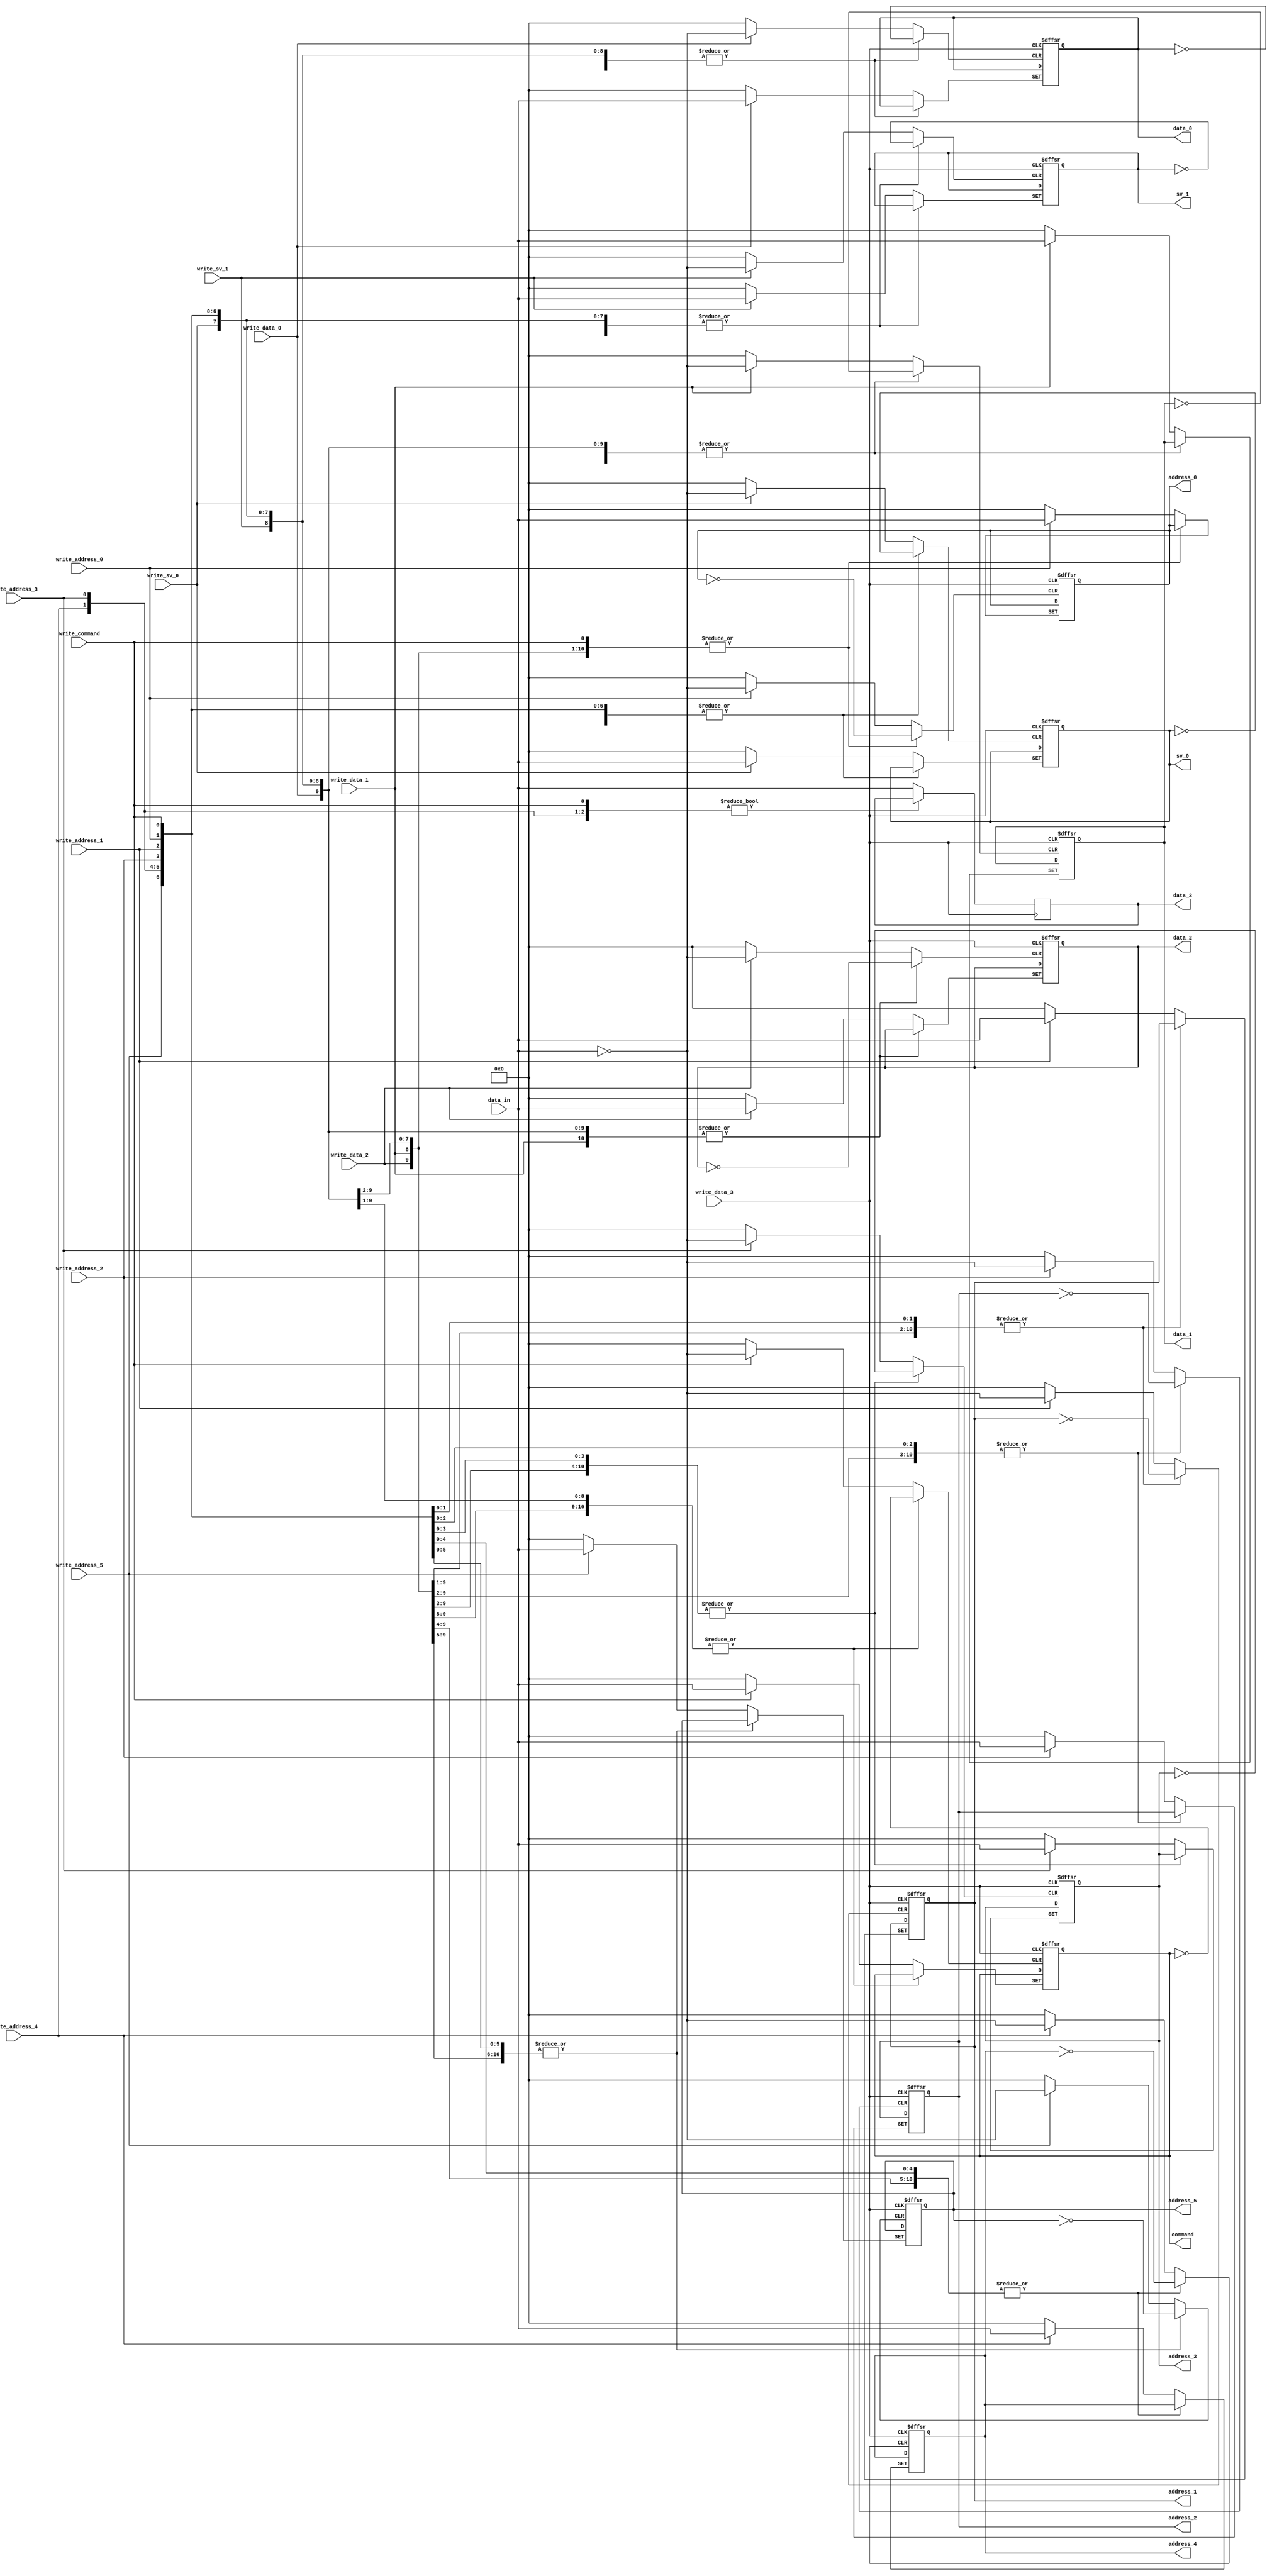
module mock_input (
  input [7:0] data_in,

  input write_command,
  input write_address_0,
  input write_address_1,
  input write_address_2,
  input write_address_3,
  input write_address_4,
  input write_address_5,
  input write_sv_0,
  input write_sv_1,
  input write_data_0,
  input write_data_1,
  input write_data_2,
  input write_data_3,

  output [7:0] command,
  output [7:0] address_0,
  output [7:0] address_1,
  output [7:0] address_2,
  output [7:0] address_3,
  output [7:0] address_4,
  output [7:0] address_5,
  output [7:0] sv_0,
  output [7:0] sv_1,
  output [7:0] data_0,
  output [7:0] data_1,
  output [7:0] data_2,
  output [7:0] data_3
);

reg [7:0] command_buf;
reg [7:0] address_0_buf;
reg [7:0] address_1_buf;
reg [7:0] address_2_buf;
reg [7:0] address_3_buf;
reg [7:0] address_4_buf;
reg [7:0] address_5_buf;
reg [7:0] sv_0_buf;
reg [7:0] sv_1_buf;
reg [7:0] data_0_buf;
reg [7:0] data_1_buf;
reg [7:0] data_2_buf;
reg [7:0] data_3_buf;

assign command = command_buf;
assign address_0 = address_0_buf;
assign address_1 = address_1_buf;
assign address_2 = address_2_buf;
assign address_3 = address_3_buf;
assign address_4 = address_4_buf;
assign address_5 = address_5_buf;
assign sv_0 = sv_0_buf;
assign sv_1 = sv_1_buf;
assign data_0 = data_0_buf;
assign data_1 = data_1_buf;
assign data_2 = data_2_buf;
assign data_3 = data_3_buf;

always @(
  posedge write_command or
  posedge write_address_0 or
  posedge write_address_1 or
  posedge write_address_2 or
  posedge write_address_3 or
  posedge write_address_4 or
  posedge write_address_5 or
  posedge write_sv_0 or
  posedge write_sv_1 or
  posedge write_data_0 or
  posedge write_data_1 or
  posedge write_data_2 or
  posedge write_data_3
)
begin
  if (write_command) begin
    command_buf <= data_in;
  end else if (write_address_0) begin
    address_0_buf <= data_in;
  end else if (write_address_1) begin
    address_1_buf <= data_in;
  end else if (write_address_2) begin
    address_2_buf <= data_in;
  end else if (write_address_3) begin
    address_3_buf <= data_in;
  end else if (write_address_4) begin
    address_4_buf <= data_in;
  end else if (write_address_5) begin
    address_5_buf <= data_in;
  end else if (write_sv_0) begin
    sv_0_buf <= data_in;
  end else if (write_sv_1) begin
    sv_1_buf <= data_in;
  end else if (write_data_0) begin
    data_0_buf <= data_in;
  end else if (write_data_1) begin
    data_1_buf <= data_in;
  end else if (write_data_2) begin
    data_2_buf <= data_in;
  end else if (write_data_3) begin
    data_3_buf <= data_in;
  end
end

endmodule